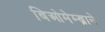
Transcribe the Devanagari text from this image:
बिओमेम्ब्राने